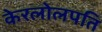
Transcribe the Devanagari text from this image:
केरलोलपति